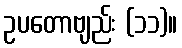
ဥပတောဗျည်း (၁၁)။